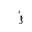
Letter: _zay